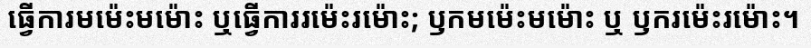
ធ្វើការមម៉េះមម៉ោះ ឬធ្វើការរម៉េះរម៉ោះ; ឫកមម៉េះមម៉ោះ ឬ ឫករម៉េះរម៉ោះ។